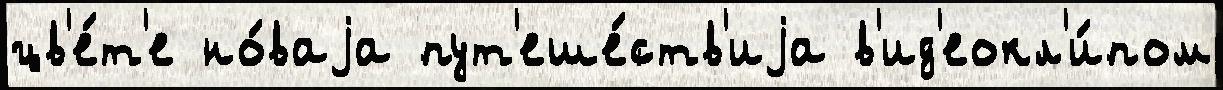
цв'е́т'е но́ваjа пут'еше́ств'иjа в'ид'еокл'и́пом